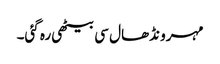
مہرو نڈھال سی بیٹھی رہ گئی۔